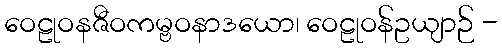
ဝေဠုဝနဇီဝကမ္ဗဝနာဒယော၊ ဝေဠုဝန်ဥယျာဉ် -